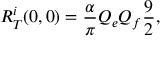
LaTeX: R _ { T } ^ { i } ( 0 , 0 ) = \frac { \alpha } { \pi } Q _ { e } Q _ { f } \frac { 9 } { 2 } ,